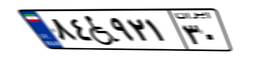
۸۴W۹۲۱۳۰